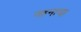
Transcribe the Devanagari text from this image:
वहनाचा